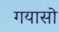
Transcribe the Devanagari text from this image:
गयासो